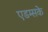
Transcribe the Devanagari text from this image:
एडम्सके